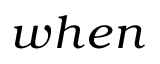
w h e n